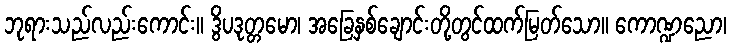
ဘုရားသည်လည်းကောင်း။ ဒွိပဒုတ္တမော၊ အခြေနှစ်ချောင်းတို့တွင်ထက်မြတ်သော။ ကောဏ္ဍညော၊